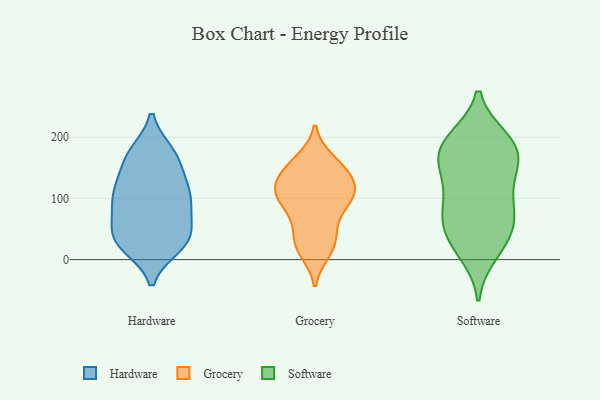
{"axis": {"x": "Headcount", "y": "Value"}, "legend": ["Grocery", "Hardware", "Software"], "data": [{"x": "", "y": 175, "type": "Hardware"}, {"x": "", "y": 29, "type": "Hardware"}, {"x": "", "y": 135, "type": "Hardware"}, {"x": "", "y": 127, "type": "Hardware"}, {"x": "", "y": 47, "type": "Hardware"}, {"x": "", "y": 171, "type": "Hardware"}, {"x": "", "y": 39, "type": "Hardware"}, {"x": "", "y": 96, "type": "Hardware"}, {"x": "", "y": 86, "type": "Hardware"}, {"x": "", "y": 112, "type": "Hardware"}, {"x": "", "y": 113, "type": "Hardware"}, {"x": "", "y": 26, "type": "Hardware"}, {"x": "", "y": 71, "type": "Hardware"}, {"x": "", "y": 39, "type": "Hardware"}, {"x": "", "y": 104, "type": "Hardware"}, {"x": "", "y": 23, "type": "Hardware"}, {"x": "", "y": 174, "type": "Hardware"}, {"x": "", "y": 79, "type": "Hardware"}, {"x": "", "y": 21, "type": "Hardware"}, {"x": "", "y": 165, "type": "Hardware"}, {"x": "", "y": 59, "type": "Grocery"}, {"x": "", "y": 35, "type": "Grocery"}, {"x": "", "y": 162, "type": "Grocery"}, {"x": "", "y": 21, "type": "Grocery"}, {"x": "", "y": 109, "type": "Grocery"}, {"x": "", "y": 154, "type": "Grocery"}, {"x": "", "y": 97, "type": "Grocery"}, {"x": "", "y": 24, "type": "Grocery"}, {"x": "", "y": 140, "type": "Grocery"}, {"x": "", "y": 113, "type": "Grocery"}, {"x": "", "y": 103, "type": "Grocery"}, {"x": "", "y": 98, "type": "Grocery"}, {"x": "", "y": 120, "type": "Grocery"}, {"x": "", "y": 14, "type": "Grocery"}, {"x": "", "y": 153, "type": "Grocery"}, {"x": "", "y": 138, "type": "Grocery"}, {"x": "", "y": 73, "type": "Grocery"}, {"x": "", "y": 111, "type": "Grocery"}, {"x": "", "y": 196, "type": "Software"}, {"x": "", "y": 59, "type": "Software"}, {"x": "", "y": 158, "type": "Software"}, {"x": "", "y": 130, "type": "Software"}, {"x": "", "y": 181, "type": "Software"}, {"x": "", "y": 82, "type": "Software"}, {"x": "", "y": 57, "type": "Software"}, {"x": "", "y": 109, "type": "Software"}, {"x": "", "y": 193, "type": "Software"}, {"x": "", "y": 83, "type": "Software"}, {"x": "", "y": 10, "type": "Software"}, {"x": "", "y": 23, "type": "Software"}, {"x": "", "y": 67, "type": "Software"}, {"x": "", "y": 154, "type": "Software"}, {"x": "", "y": 29, "type": "Software"}, {"x": "", "y": 180, "type": "Software"}, {"x": "", "y": 198, "type": "Software"}, {"x": "", "y": 150, "type": "Software"}]}